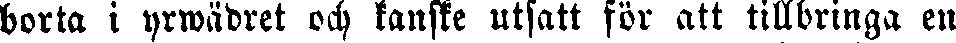
borta i yrwädret och kanske utsatt för att tillbringa en